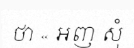
ថា « អញ សុំ